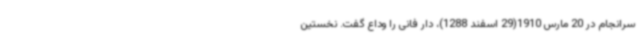
سرانجام در 20 مارس 1910(29 اسفند 1288)، دار فانی را وداع گفت. نخستین